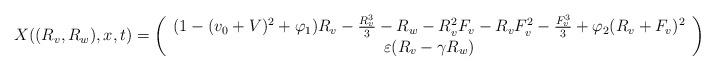
LaTeX: \begin{align*}X((R_v, R_w),x,t) = \left(\begin{array}{c}(1-(v_0+V)^2 + \varphi_1) R_v -\frac{R_v^{3}}{3} -R_w -R_v^2 F_v-R_v F_v^2 -\frac{F_v^3}{3} + \varphi_2 (R_v + F_v)^2\\\varepsilon(R_v- \gamma R_w)\end{array}\right)\end{align*}